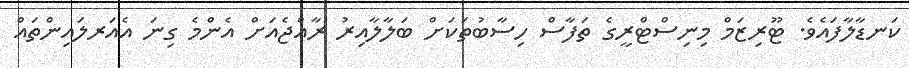
ކަނޑާލާފައެވެ. ޓޫރިޒަމް މިނިސްޓްރީގެ ތަފާސް ހިސާބުތަކަށް ބަލާލާއިރު ރާއްޖެއަށް އެންމެ ގިނަ އެއަރލައިންތައް